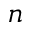
n